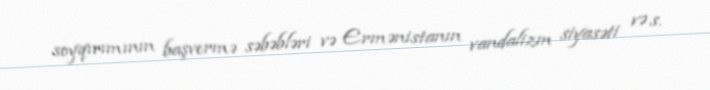
soyqırımının başvermə səbəbləri və Ermənistanın vandalizm siyasəti və s.